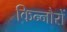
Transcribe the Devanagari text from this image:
किन्नौरों